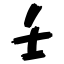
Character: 壬